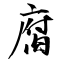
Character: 腐